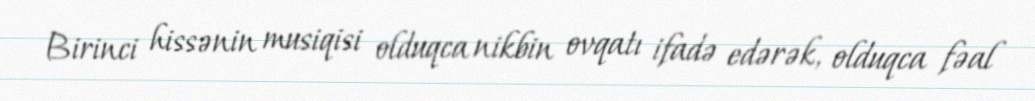
Birinci hissənin musiqisi olduqca nikbin ovqatı ifadə edərək, olduqca fəal